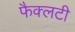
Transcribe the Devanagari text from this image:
फैक्‍लटी